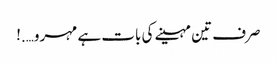
صرف تین مہینے کی بات ہے مہرو….!